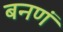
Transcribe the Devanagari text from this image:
बनणं